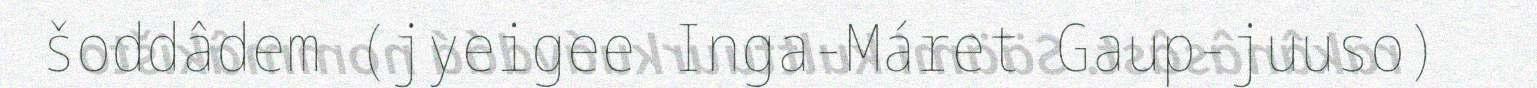
šoddâdem (jyeigee Inga-Máret Gaup-juuso)